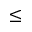
\le